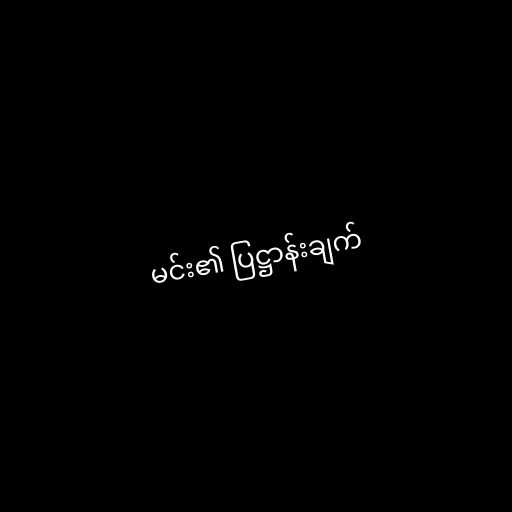
မင်း၏ ပြဋ္ဌာန်းချက်